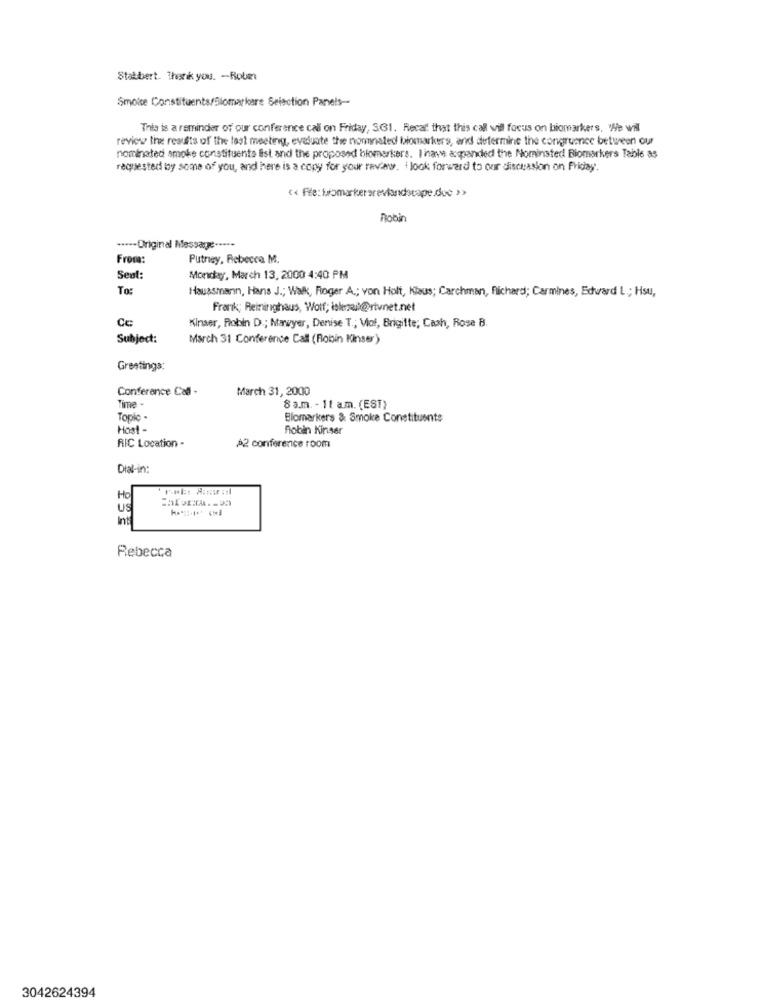
Stabbert. Thank you. - Robert
Smoke Constituents/Biomarkere Selection Panels-
This is a reminder of our conference call on Friday, SG1. Recaf that this call wil focus on biomarkers, 'He wil
review the reausts of the last meeting, evaluate the normnated biomarker's, and determine the congruence between our
nominated smoke constituents Ist and the proposed biomarkers. I have &anded the Nominsted Biomarkers Table as
requested by some of you, and here is a copy for your review. I look forward to our discussion on Friday.
<< File: bromarkerarelandscape.duc >
Robin
----- Original Message ·····
Froma:
Putney, Rebecca M.
Sent:
Monday, March 13, 2000 4:40 PM
To:
Haussmann, Hans J .; Walk, Roger A .; von Holt, Klaus; Carchman, Richard; Carmines, Edward L ; Hsu,
Frank; Reininghaus, Wolf; iskezel@tvnet.net
Cc
Kiner, Robin D .; Marwyer, Denise T .; Viol, Brigitte; Cash, Rose B.
Subject:
March 31 Conference Call (Robin Kinser)
Greetings:
Conference Call -
March 31, 2000
Time -
8a.m. - 11 am. (EST)
Tople .
Blomarkers & Smoke Constituents
Host
Robin Kinser
RIC Location -
A2 conference room
Dial-in:
Ho
US
Int
Rebecca
3042624394